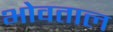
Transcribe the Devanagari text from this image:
भोवताल